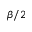
\beta / 2